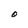
Character: O